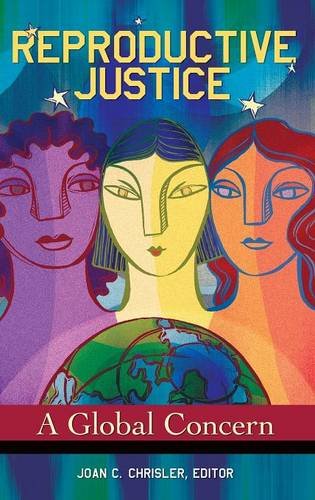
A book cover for Reproductive Justice: A Global Concern (Women's Psychology Women's Psychology); Law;